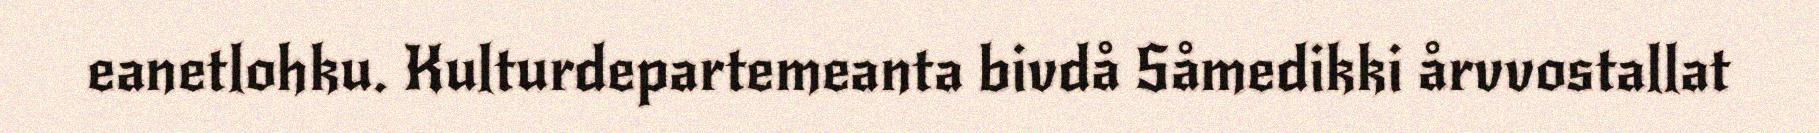
eanetlohku. Kulturdepartemeanta bivdå Såmedikki årvvostallat